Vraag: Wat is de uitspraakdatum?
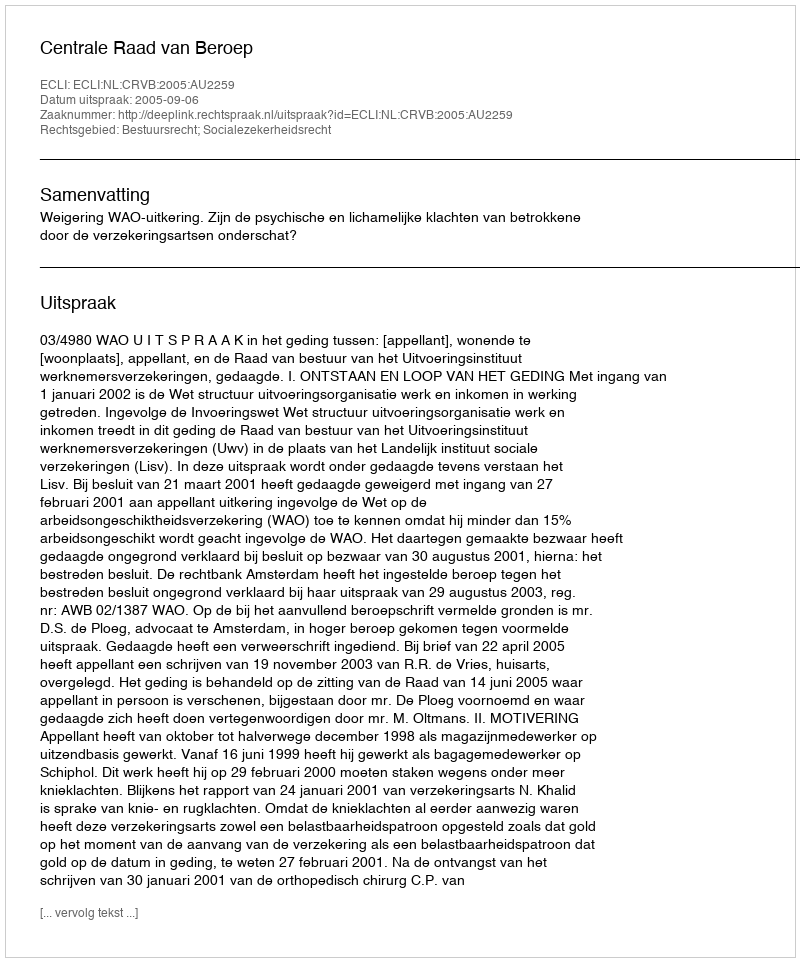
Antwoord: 2005-09-06